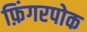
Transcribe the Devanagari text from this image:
फ़िंगरपोक